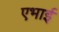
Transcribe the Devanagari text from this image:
एभाई